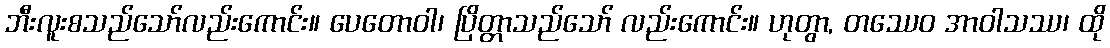
ဘီးလူးစသည်သော်လည်းကောင်း။ ပေတောဝါ၊ ပြိတ္တာသည်သော် လည်းကောင်း။ ဟုတွာ, တဿေဝ အာဝါသဿ၊ ထို